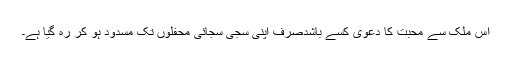
اس ملک سے محبت کا دعویٰ کسے باشدصرف اپنی سجی سجائی محفلوں تک مسدود ہو کر رہ گیا ہے۔